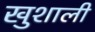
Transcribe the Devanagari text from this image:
खुशाली